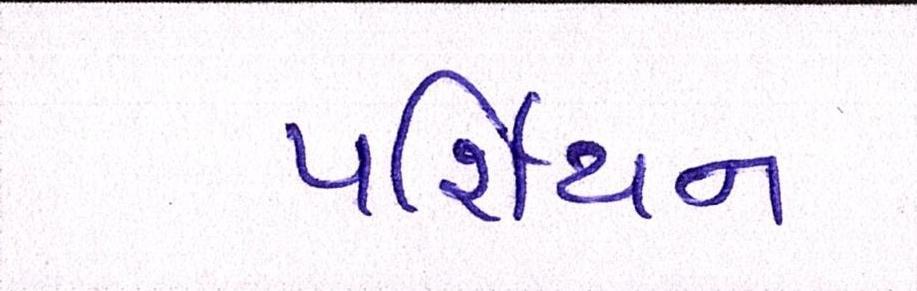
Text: પર્શિયન